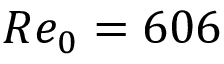
R e _ { 0 } = 6 0 6